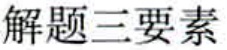
解题三要素